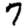
Digit: 7